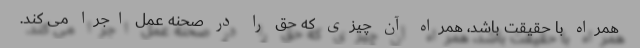
همراه با حقیقت باشد، همراه آن چیزی که حق را در صحنه عمل اجرا می کند.